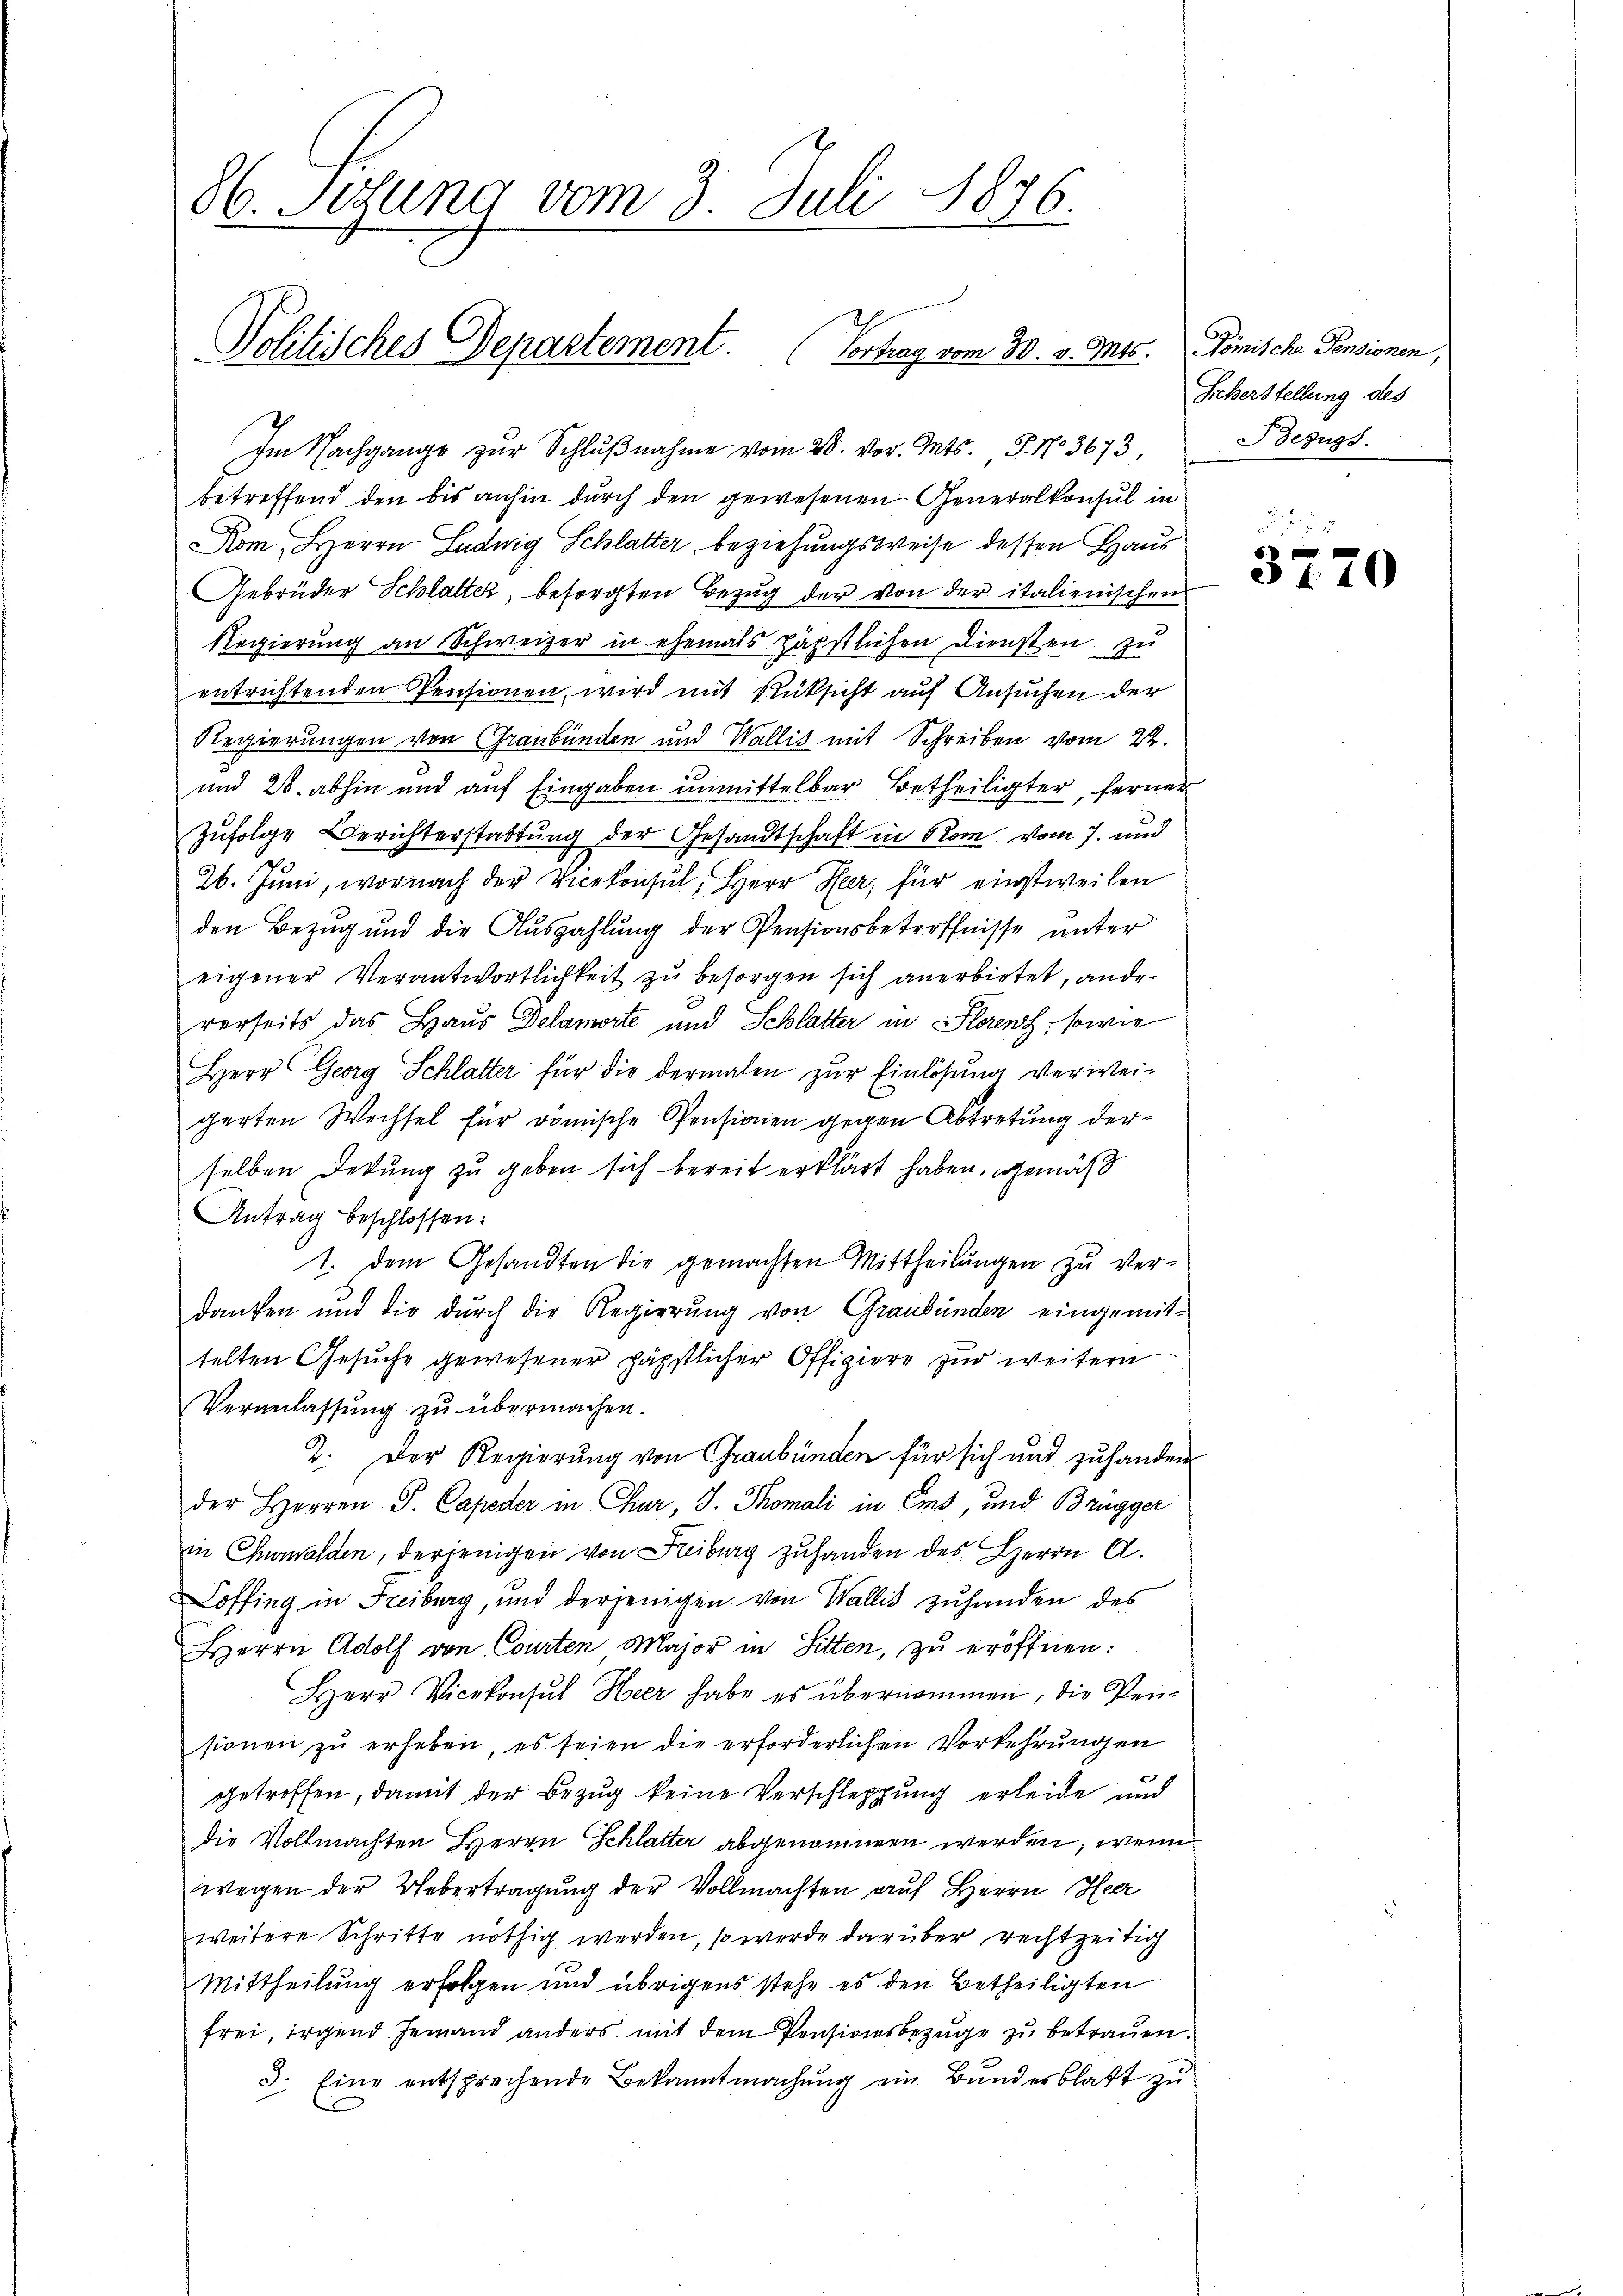
86. Setzung vom 3. Juli 1876.
Politisches Departement. (Vortrag vom 30. v. Mts. Komische Pensionen,

Im Nachgange zur Schlŭβnahme vom 28. vor. Mts. S. No 3673
betreffend den bis anhin durch den gewesenen Generalkonsul in
Kom, Herrn Ludwig Schlatter, beziehungsweise dessen Haus
Gebrüder Schlatter, besorgten Bezug der von der italienischen
Regierung an Schweizer in ehemals häpstlichen Diensten zu
entrichtenden Pensionen, wird mit Rücksicht auf Ansuchen der
Regierungen von Graubünden und Wallis mit Schreiben vom 22.
und 28. abhin und auf Eingaben unmittelbar Betheiligter, ferner
Zufolge Berichterstattung der Gesandtschaft in Rom vom 7. und
26. Juni, wornach der Vicekonsul, Herr Heer, für einstweilen
den Bezug und die Auszahlung der Pensionsbetreffnisse unter
eigener Verantwortlichkeit zu besorgen sich anerbietet, ande
rerseits das Haus Delamorte und Schlatter in Horenz, sowie
Herr Georg Schlatter für die dermalen zŭr Einlösung verwei-
gerten Wechsel für römische Pensionen gegen Abtretung derselben Dekŭng zu geben sich bereit erklärt haben, gemäß
Antrag beschlossen:
1. dem Gesandten die gemachten Mittheilŭngen zu verdanken und die durch die Regierung von Graubünden eingemittelten Gesŭche gewesener päpstlicher Offiziere zur weitern
Veranlassung zu übermachen.
2. Der Regierung von Graubünden für sich und zuhanden
der Herren P. Capester in Chur, S. Thomali in Ems, und Brugger
in Chalden, derjenigen von Reiburg zuhanden des Herrn A.
Loffing in Freiburg, und derjenigen von Wallis zuhanden des
Herrn Adolf von Courten Major in Sitten, zu eröffnen:
Herr Vicekonsul Heer habe es übernommen, die Pensionen zŭ erheben, es seien die erforderlichen Vorkehrŭngen
getroffen, damit der Bezug keine Verschleppung erleide und
die Vollmachten Herrn Schlatter abgenommen werden; wenn
wegen der Uebertragung der Vollmachten auf Herrn Heer
weitere Schritte nöthig werden, so werde darüber rechtzeitig
Mittheilung erfolgen und übrigens stehe es den Betheiligten
frei, irgend Jemand anders mit dem Pensionsbezüge zu betrauen.
3. Eine entsprechende Bekanntmachung ein Bundesblatt zu

Scherstellung des
Bezugs

3270